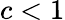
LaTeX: c<1